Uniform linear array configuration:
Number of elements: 16
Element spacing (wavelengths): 0.5
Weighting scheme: kaiser
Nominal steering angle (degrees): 30
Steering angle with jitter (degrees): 29.782
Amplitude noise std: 0.05
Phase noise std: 0.05

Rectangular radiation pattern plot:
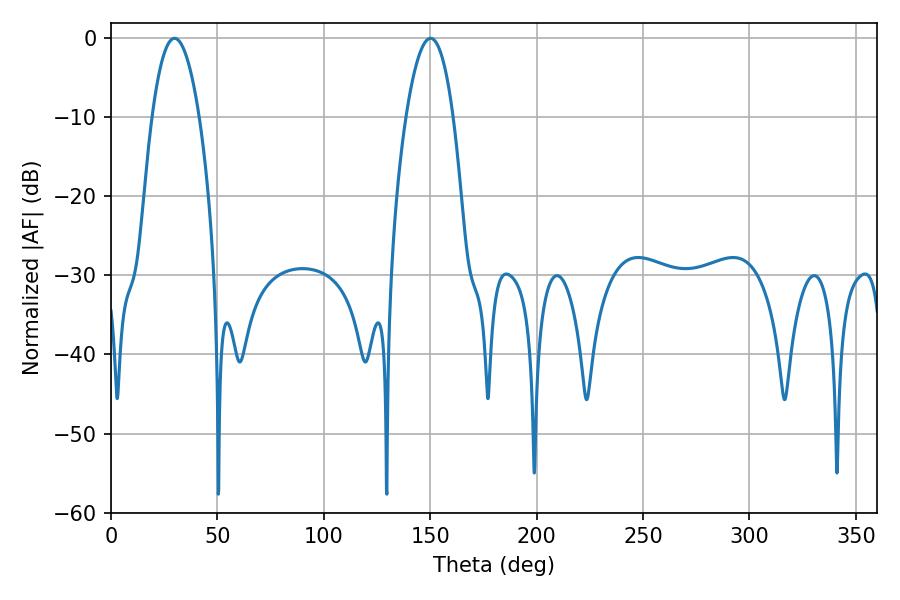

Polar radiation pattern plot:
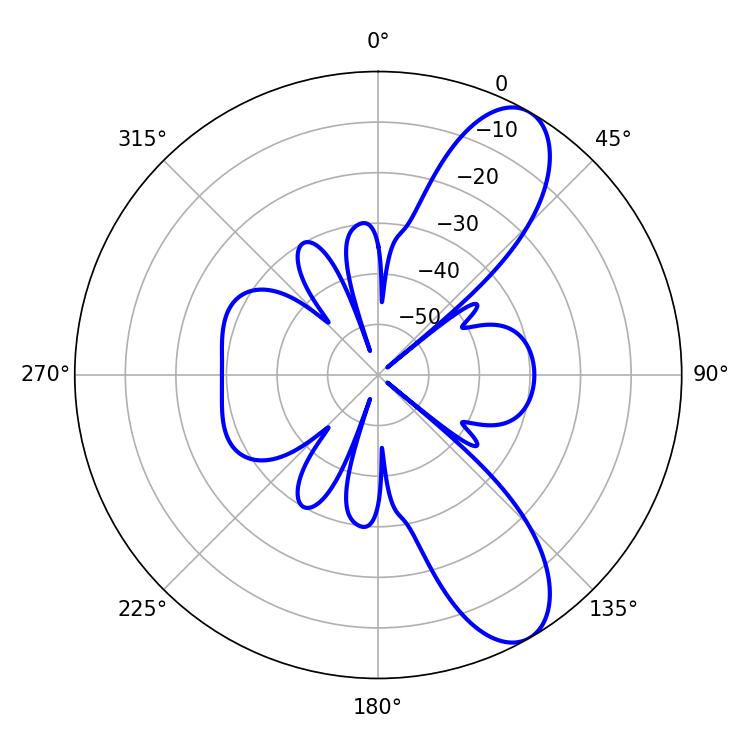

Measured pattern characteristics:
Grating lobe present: FALSE
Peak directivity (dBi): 9.438
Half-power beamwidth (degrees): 12.24
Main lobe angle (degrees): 29.88